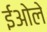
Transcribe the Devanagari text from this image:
ईओले